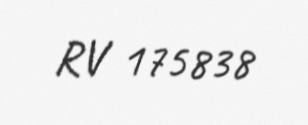
RV 175838